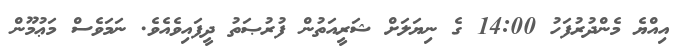
އިއްޔެ މެންދުރުފަހު 14:00 ގެ ނިޔަލަށް ޝަރީއަތުން ފުރުޞަތު ދީފައިވެއެވެ. ނަމަވެސް މަޢުމޫން